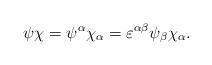
LaTeX: \begin{align*}\psi\chi = \psi^\alpha \chi_\alpha = \varepsilon^{\alpha\beta} \psi_\beta \chi_\alpha .\end{align*}